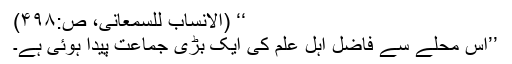
‘‘ (الانساب للسمعانی، ص:۴۹۸)
’’اس محلے سے فاضل اہلِ علم کی ایک بڑی جماعت پیدا ہوئی ہے۔